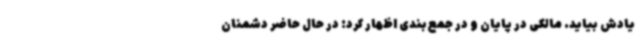
یادش بیاید. مالکی در پایان و در جمع‌بندی اظهار کرد: در حال حاضر دشمنان